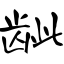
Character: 龇